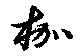
枷